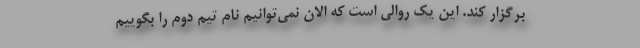
برگزار کند. این یک روالی است که الان نمی‌توانیم نام تیم دوم را بگوییم